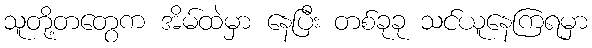
သူတို့တတွေက အိမ်ထဲမှာ နေပြီး တစ်ခုခု သင်ယူနေကြရမှာ